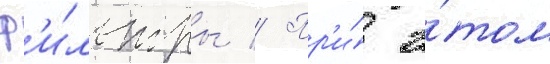
ф'и́льтры // Пр'и́ э́том